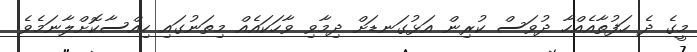
މީގެ ދެ ހަފުތާއެއްހާ ދުވަސް ކުރިން އަޅުގަނޑަށް ދިމާވި ވާހަކައެއް މިތަނުގައި ހިއްސާކޮށްލާނަމެވެ